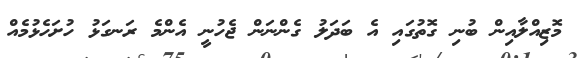
މޮޒިއްލާއިން ބުނި ގޮތުގައި އެ ބަދަލު ގެންނަން ޖެހުނީ އެންމެ ރަނގަޅު ހުށަހެޅުމެއް